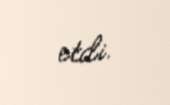
etdi.